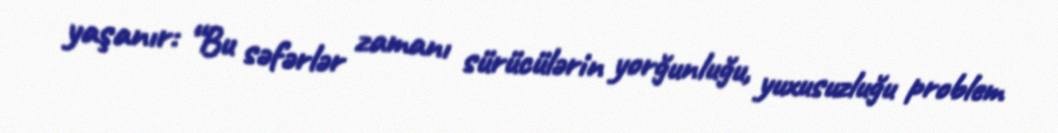
yaşanır: “Bu səfərlər zamanı sürücülərin yorğunluğu, yuxusuzluğu problem